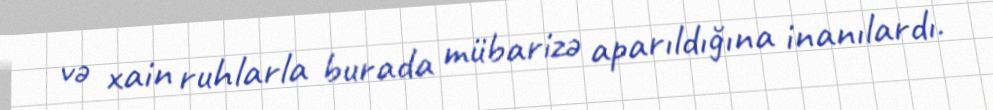
və xain ruhlarla burada mübarizə aparıldığına inanılardı.